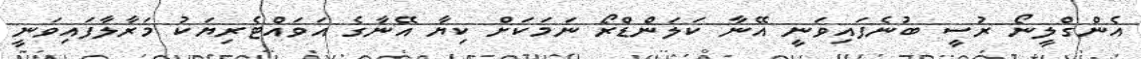
އެންގްލީނޯ ރުސީ ބުނެފައިވަނީ އޭނާ ކަލަންޑްރޯ ނަމަކަށް ކިޔާ އޭނާގެ އަވައްޓެރިޔަކު މަރާލާފައިވަނީ